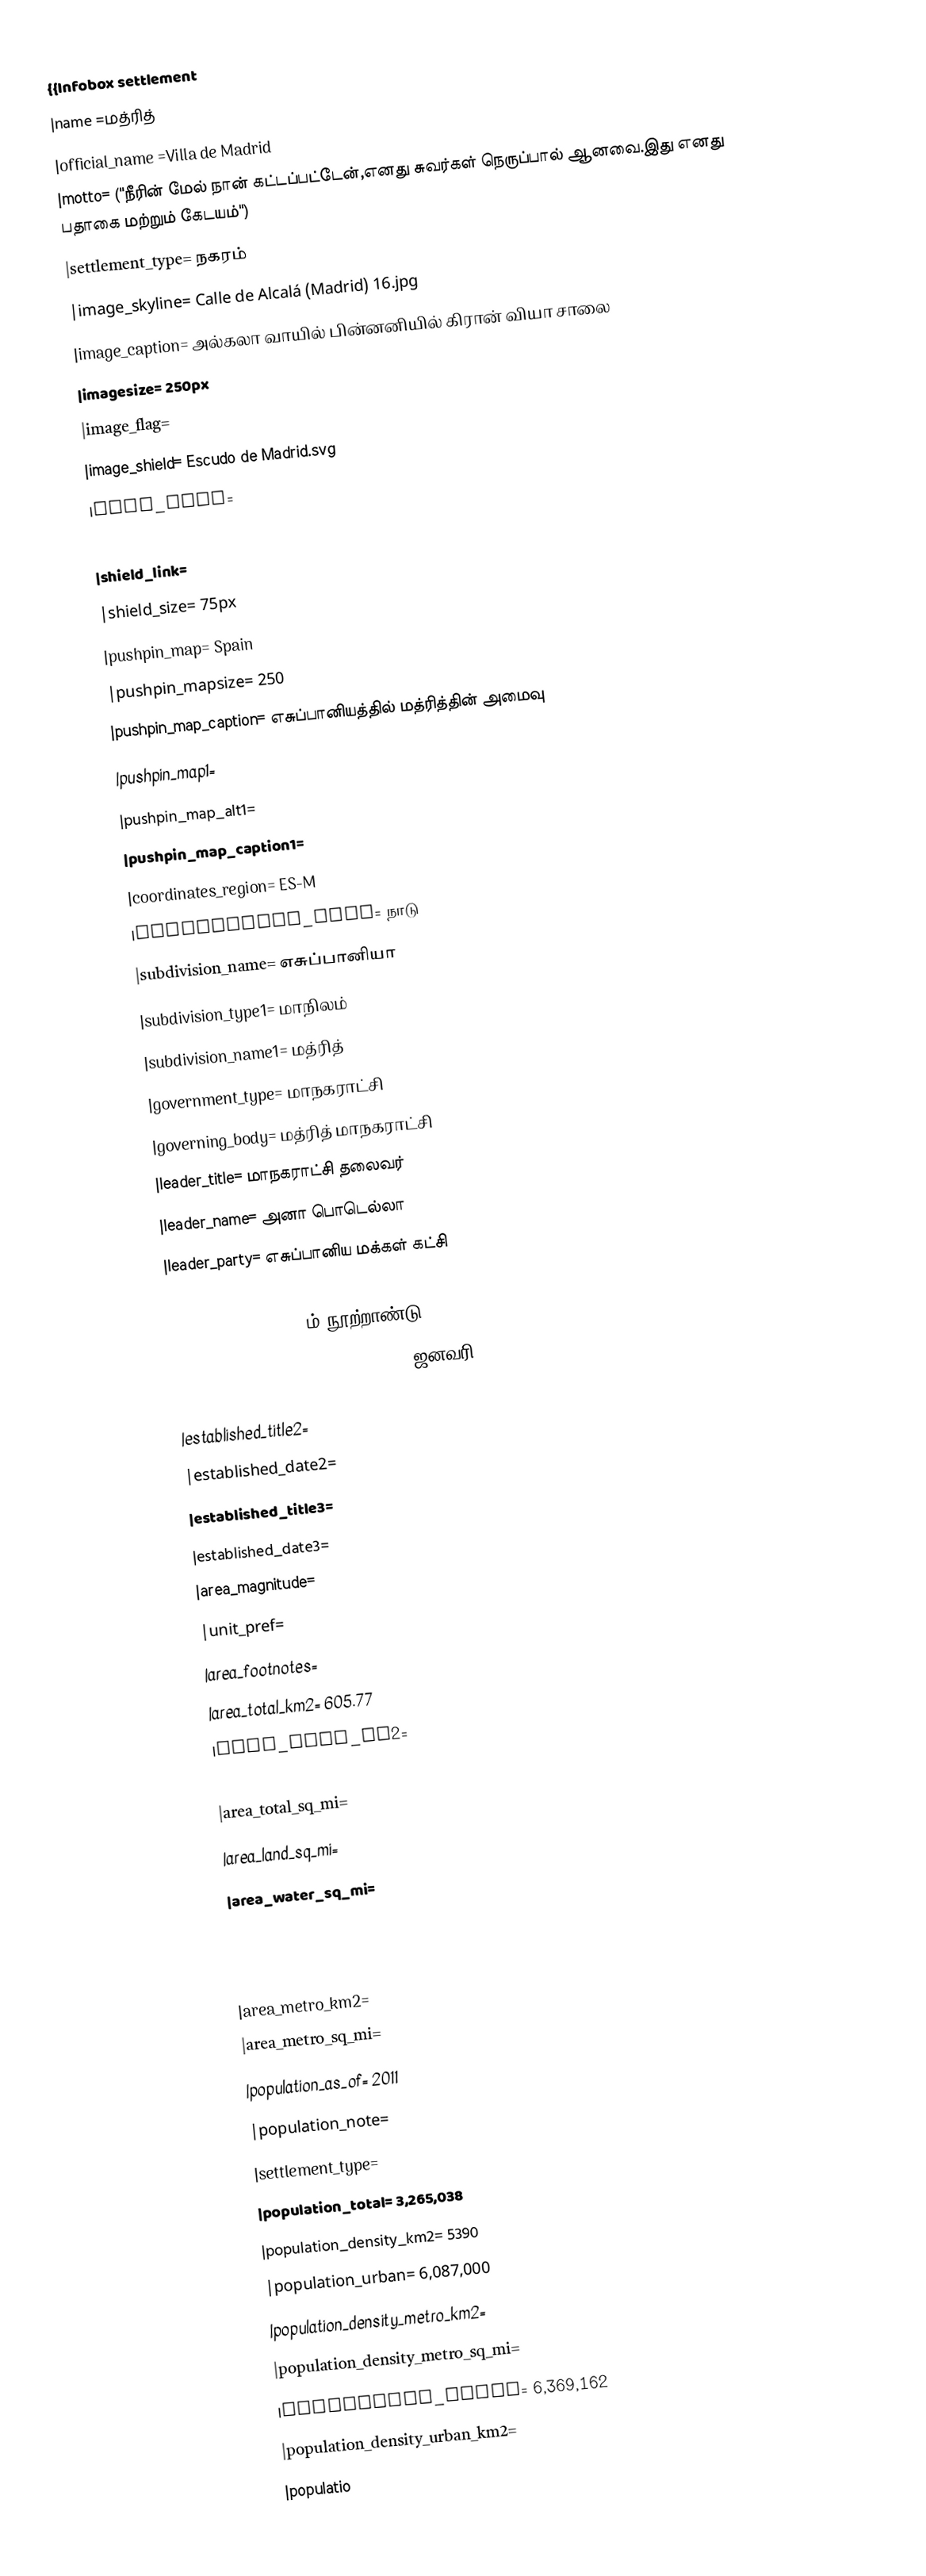
{{Infobox settlement
|name         =மத்ரித்
|official_name     =Villa de Madrid
|motto= ("நீரின் மேல் நான் கட்டப்பட்டேன்,எனது சுவர்கள் நெருப்பால் ஆனவை.இது எனது பதாகை மற்றும் கேடயம்")
|settlement_type= நகரம்
|image_skyline= Calle de Alcalá (Madrid) 16.jpg
|image_caption= அல்கலா வாயில் பின்னனியில் கிரான் வியா சாலை
|imagesize= 250px
|image_flag=
|image_shield= Escudo de Madrid.svg
|flag_link=
|flag_size= 125px
|shield_link=
|shield_size= 75px
|pushpin_map= Spain
|pushpin_mapsize= 250
|pushpin_map_caption= எசுப்பானியத்தில் மத்ரித்தின் அமைவு
|pushpin_map1=
|pushpin_map_alt1=
|pushpin_map_caption1=
|coordinates_region= ES-M
|subdivision_type= நாடு
|subdivision_name= எசுப்பானியா
|subdivision_type1= மாநிலம்
|subdivision_name1= மத்ரித்
|government_type= மாநகராட்சி
|governing_body= மத்ரித் மாநகராட்சி
|leader_title= மாநகராட்சி தலைவர்
|leader_name= அனா பொடெல்லா
|leader_party= எசுப்பானிய மக்கள் கட்சி
|established_title=
|established_date= 9ம் நூற்றாண்டு<ref name="History of Madrid">{{cite web |url=http://www.madridamano.com/historia/?op=hist3 |title=La dominación árabe(Arab rule). The city of Mayrit, a fortress in its origin, was founded by the end of the 9th century. |accessdate=7 August 2011 |language=Spanish |archive-date=12 ஜனவரி 2012 |archive-url=https://web.archive.org/web/20120112014458/http://www.madridamano.com/historia/?op=hist3 |url-status=dead }}</ref>
|established_title2=
|established_date2=
|established_title3=
|established_date3=
|area_magnitude=
|unit_pref=
|area_footnotes=
|area_total_km2= 605.77
|area_land_km2=
|area_water_km2=
|area_total_sq_mi=
|area_land_sq_mi=
|area_water_sq_mi=
|area_water_percent=
|area_urban_km2=
|area_urban_sq_m=
|area_metro_km2=
|area_metro_sq_mi=
|population_as_of= 2011
|population_note=
|settlement_type=
|population_total= 3,265,038
|population_density_km2= 5390
|population_urban= 6,087,000
|population_density_metro_km2=
|population_density_metro_sq_mi=
|population_metro= 6,369,162
|population_density_urban_km2=
|populatio